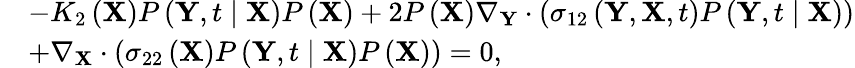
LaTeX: \begin{array}{rl}&{-K_{2}\left(\mathbf{X}\right)P\left(\mathbf{Y},t\mid\mathbf{X}\right)P\left(\mathbf{X}\right)+2P\left(\mathbf{X}\right)\nabla_{\mathbf{Y}}\cdot\left(\sigma_{12}\left(\mathbf{Y},\mathbf{X},t\right)P\left(\mathbf{Y},t\mid\mathbf{X}\right)\right)}\\ &{+\nabla_{\mathbf{X}}\cdot\left(\sigma_{22}\left(\mathbf{X}\right)P\left(\mathbf{Y},t\mid\mathbf{X}\right)P\left(\mathbf{X}\right)\right)=0,}\end{array}